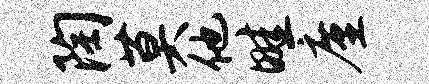
陶莫他畦廑